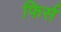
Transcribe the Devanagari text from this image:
फिर्स